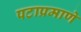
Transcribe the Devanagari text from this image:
पटाप्रमाणे